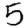
Digit: 5